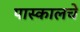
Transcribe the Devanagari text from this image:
पास्कालचे